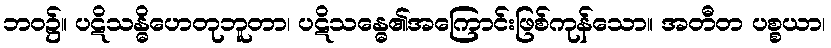
ဘဝ၌။ ပဋိသန္ဓိဟေတုဘူတာ၊ ပဋိသန္ဓေ၏အကြောင်းဖြစ်ကုန်သော။ အတီတ ပစ္စယာ၊